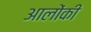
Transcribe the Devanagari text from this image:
आलोंकी